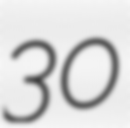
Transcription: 30